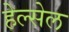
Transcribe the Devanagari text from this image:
हेल्सेल